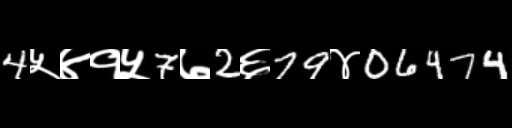
Text: 4५४१५7७2६79४06474